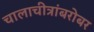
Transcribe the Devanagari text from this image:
चालाचीत्रांबरोबर